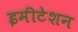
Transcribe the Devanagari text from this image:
इमीटेशन